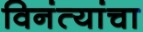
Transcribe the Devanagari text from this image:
विनंत्यांचा